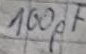
Text: 100pF